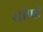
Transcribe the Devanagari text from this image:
सीप्पी